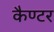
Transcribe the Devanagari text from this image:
कैण्टर